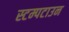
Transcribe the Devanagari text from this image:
स्टम्पटाउन